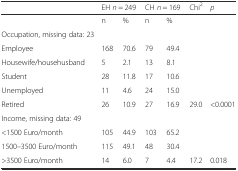
<table><thead><tr><td></td><td colspan="2"><b>EH <i>n</i> = 249</b></td><td colspan="2"><b>CH <i>n</i> = 169</b></td><td><b>Chi<sup>2</sup></b></td><td><b><i>p</i></b></td></tr></thead><tbody><tr><td></td><td>n</td><td>%</td><td>n</td><td>%</td><td></td><td></td></tr><tr><td>Occupation, missing data: 23</td><td></td><td></td><td></td><td></td><td></td><td></td></tr><tr><td>Employee</td><td>168</td><td>70.6</td><td>79</td><td>49.4</td><td></td><td></td></tr><tr><td>Housewife/househusband</td><td>5</td><td>2.1</td><td>13</td><td>8.1</td><td></td><td></td></tr><tr><td>Student</td><td>28</td><td>11.8</td><td>17</td><td>10.6</td><td></td><td></td></tr><tr><td>Unemployed</td><td>11</td><td>4.6</td><td>24</td><td>15.0</td><td></td><td></td></tr><tr><td>Retired</td><td>26</td><td>10.9</td><td>27</td><td>16.9</td><td>29.0</td><td>&lt;0.0001</td></tr><tr><td>Income, missing data: 49</td><td></td><td></td><td></td><td></td><td></td><td></td></tr><tr><td>&lt;1500 Euro/month</td><td>105</td><td>44.9</td><td>103</td><td>65.2</td><td></td><td></td></tr><tr><td>1500–3500 Euro/month</td><td>115</td><td>49.1</td><td>48</td><td>30.4</td><td></td><td></td></tr><tr><td>&gt;3500 Euro/month</td><td>14</td><td>6.0</td><td>7</td><td>4.4</td><td>17.2</td><td>0.018</td></tr></tbody></table>